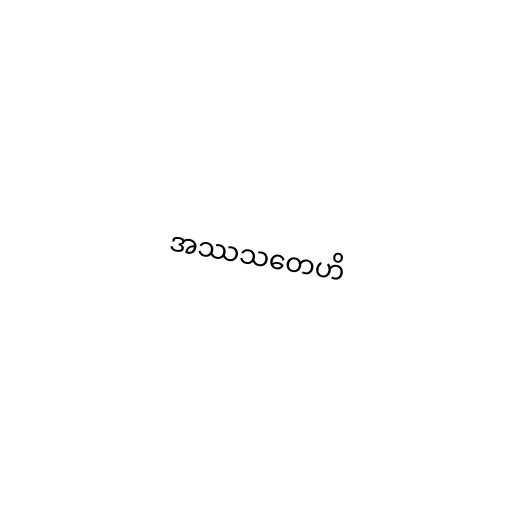
အဿသတေဟိ